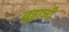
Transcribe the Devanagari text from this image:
बुड्डाजी